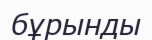
бұрынды